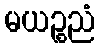
မယဉ္စညံ